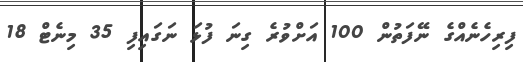
ފިރިހެނެއްގެ ނޭފަތުން 100 އަށްވުރެ ގިނަ ފުޅަ ނަގައިފި 35 މިނެޓް 18